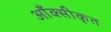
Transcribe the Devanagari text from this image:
आँक्सीकृत